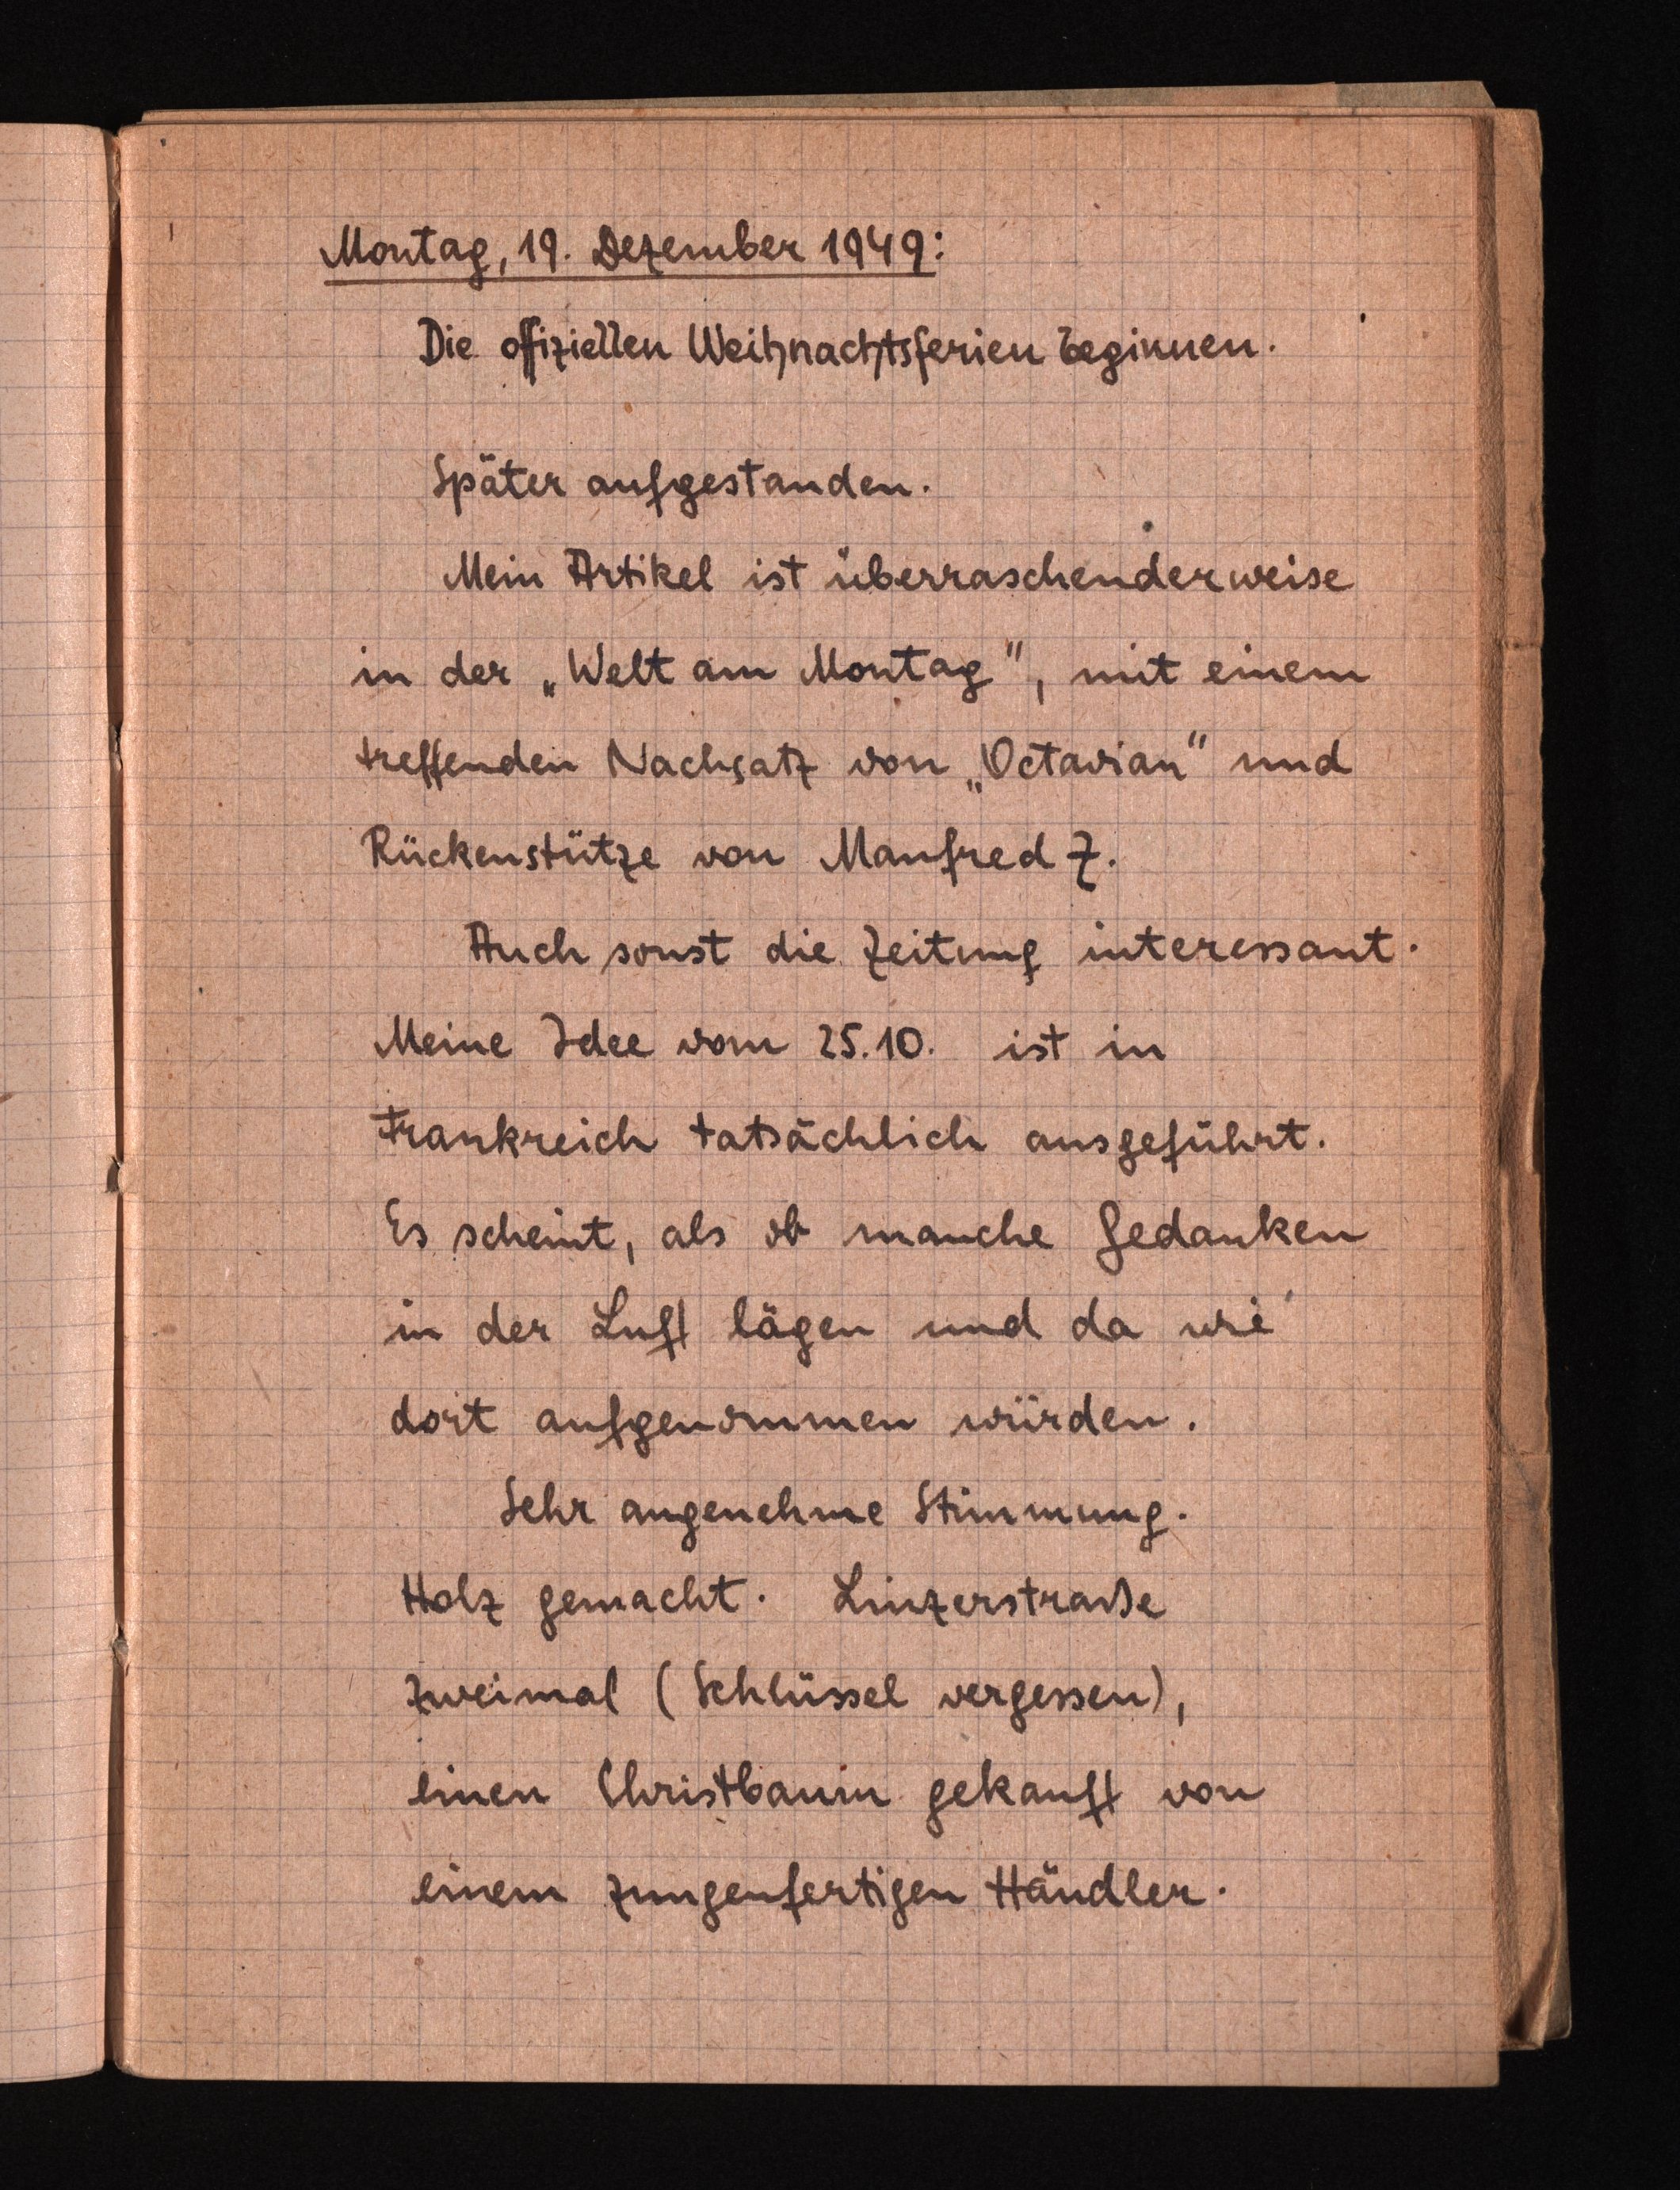
Montag, 19. Dezember1949:
Die offiziellenWeihnachtsferien beginnen.
Später aufgestanden.
Mein Artikel ist überraschenderweise
in der "Welt am Montag", mit einem
treffenden Nachsatz von "Octavian" und
Rückenstütze von Manfred Z.
Auch sonst  die Zeitung interessant.
Meine Idee vom 25.10. ist in
Frankreich tatsächlichausgeführt.
Es scheint, als ob manche Gedanken
in der Luft lägen undda wie
dort aufgenommen würden.
Sehr angenehme Stimmung.
Holz gemacht. Linzerstraße
zweimal (Schlüsselvergessen),
einen Christbaum gekauft von
einem zungenfertigen Händler